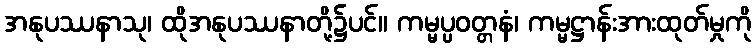
အနုပဿနာသု၊ ထိုအနုပဿနာတို့၌ပင်။ ကမ္မပ္ပဝတ္တနံ၊ ကမ္မဋ္ဌာန်းအားထုတ်မှုကို